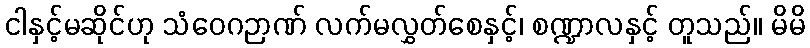
ငါနှင့်မဆိုင်ဟု သံဝေဂဉာဏ် လက်မလွှတ်စေနှင့်၊ စဏ္ဍာလနှင့် တူသည်။ မိမိ